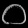
Digit: ၀